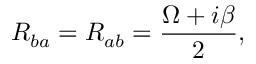
R _ { b a } = R _ { a b } = \frac { \Omega + i \beta } { 2 } ,